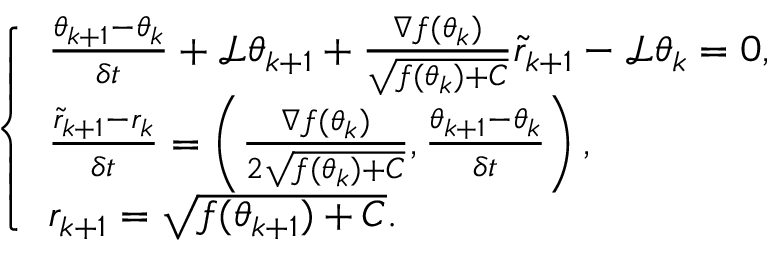
\left\{ \begin{array} { l l } { \frac { \theta _ { k + 1 } - \theta _ { k } } { \delta t } + \mathcal { L } \theta _ { k + 1 } + \frac { \nabla f ( \theta _ { k } ) } { \sqrt { f ( { \theta } _ { k } ) + C } } \tilde { r } _ { k + 1 } - \mathcal { L } \theta _ { k } = 0 , } \\ { \frac { \tilde { r } _ { k + 1 } - r _ { k } } { \delta t } = \left( \frac { \nabla f ( { \theta } _ { k } ) } { 2 \sqrt { f ( { \theta } _ { k } ) + C } } , \frac { \theta _ { k + 1 } - \theta _ { k } } { \delta t } \right) , } \\ { r _ { k + 1 } = \sqrt { f ( { \theta } _ { k + 1 } ) + C } . } \end{array} \right.